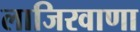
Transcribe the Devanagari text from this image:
लाजिरवाणा